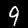
Digit: 9